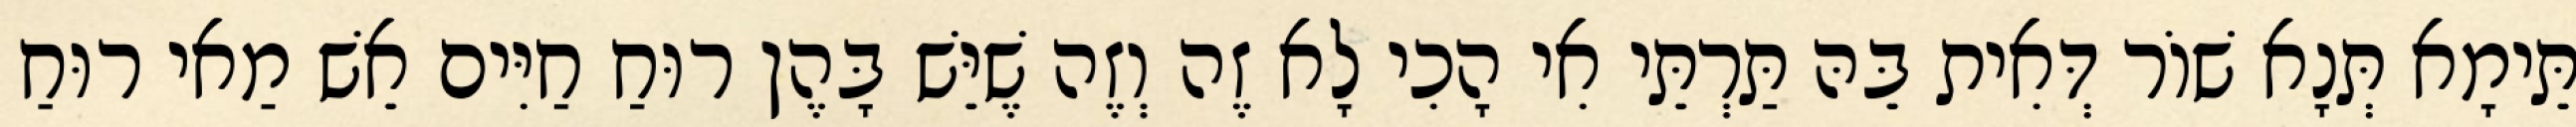
תֵּימָא תְּנָא שׁוֹר דְּאִית בֵּהּ תַּרְתֵּי אִי הָכִי לָא זֶה וְזֶה שֶׁיֵּשׁ בָּהֶן רוּחַ חַיִּים אֵשׁ מַאי רוּחַ